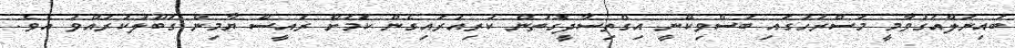
ބައިނަލްއަގުވާމީ މަސްރަހުގައި ބަސްވިކޭނީ އިގްތިސާދީގޮތުން ކުރިއަރައިގެން ކަަމަށް ރައީސް ޔާމިން ގަބޫލުކުރައްވަ އެވެ.